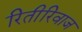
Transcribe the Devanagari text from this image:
रितीरिवाज